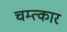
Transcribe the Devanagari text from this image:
चम्त्कार